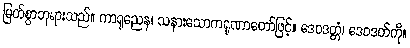
မြတ်စွာဘုရားသည်။ ကာရုညေန၊ သနားသောကရုဏာတော်ဖြင့်။ ဒေဝဒတ္တံ၊ ဒေဝဒတ်ကို။